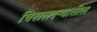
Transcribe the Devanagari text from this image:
चिखलदऱ्यातील